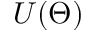
U ( \Theta )